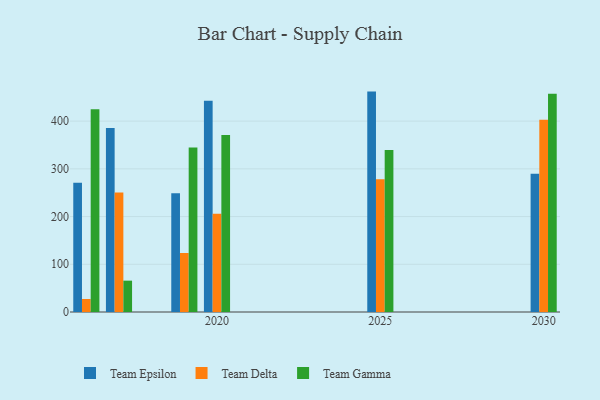
{"axis": {"x": "Year", "y": "Budget (USD K)"}, "legend": ["Team Delta", "Team Epsilon", "Team Gamma"], "data": [{"x": "2016", "y": 270.7, "type": "Team Epsilon"}, {"x": "2016", "y": 27.3, "type": "Team Delta"}, {"x": "2016", "y": 424.8, "type": "Team Gamma"}, {"x": "2019", "y": 249.1, "type": "Team Epsilon"}, {"x": "2019", "y": 123.6, "type": "Team Delta"}, {"x": "2019", "y": 344.6, "type": "Team Gamma"}, {"x": "2017", "y": 385.8, "type": "Team Epsilon"}, {"x": "2017", "y": 250.6, "type": "Team Delta"}, {"x": "2017", "y": 65.7, "type": "Team Gamma"}, {"x": "2025", "y": 461.9, "type": "Team Epsilon"}, {"x": "2025", "y": 278.1, "type": "Team Delta"}, {"x": "2025", "y": 339.7, "type": "Team Gamma"}, {"x": "2030", "y": 289.6, "type": "Team Epsilon"}, {"x": "2030", "y": 402.7, "type": "Team Delta"}, {"x": "2030", "y": 457.4, "type": "Team Gamma"}, {"x": "2020", "y": 442.9, "type": "Team Epsilon"}, {"x": "2020", "y": 206.1, "type": "Team Delta"}, {"x": "2020", "y": 371.1, "type": "Team Gamma"}]}